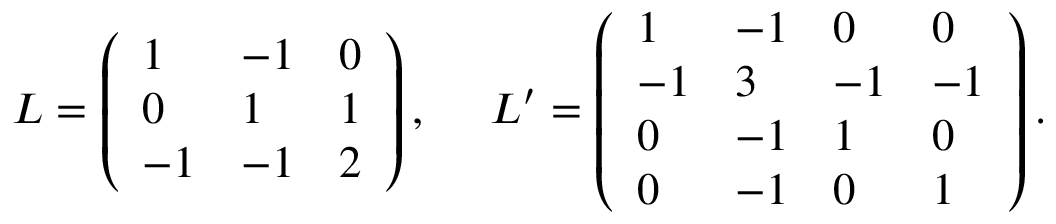
L = \left( \begin{array} { l l l } { 1 } & { - 1 } & { 0 } \\ { 0 } & { 1 } & { 1 } \\ { - 1 } & { - 1 } & { 2 } \end{array} \right) , ~ ~ ~ ~ L ^ { \prime } = \left( \begin{array} { l l l l } { 1 } & { - 1 } & { 0 } & { 0 } \\ { - 1 } & { 3 } & { - 1 } & { - 1 } \\ { 0 } & { - 1 } & { 1 } & { 0 } \\ { 0 } & { - 1 } & { 0 } & { 1 } \end{array} \right) .